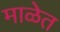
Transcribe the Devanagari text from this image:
माळेत